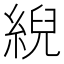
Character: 䋩